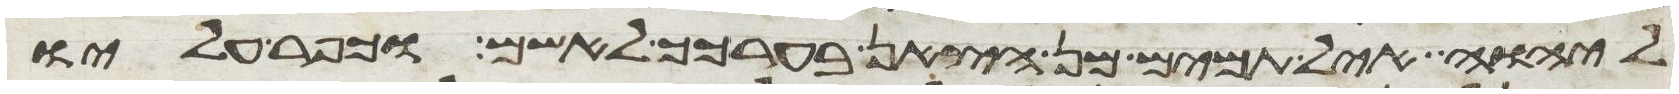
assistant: ליהוה איל תמים מן הצאן בערכך לאשם וכפר עליו